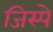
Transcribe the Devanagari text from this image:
जिस्पे